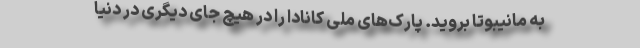
به مانیبوتا بروید. پارک‌های ملی کانادا را در هیچ جای دیگری در دنیا